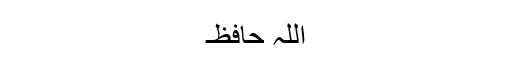
اللہ حافظ۔